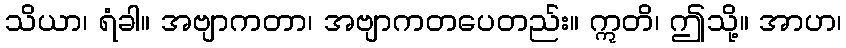
သိယာ၊ ရံခါ။ အဗျာကတာ၊ အဗျာကတပေတည်း။ ဣတိ၊ ဤသို့။ အာဟ၊